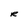
Character: R